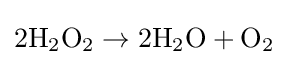
2\mathrm {H} _{2}\mathrm {O} _{2}\rightarrow 2\mathrm {H} _{2}\mathrm {O} +\mathrm {O} _{2}